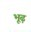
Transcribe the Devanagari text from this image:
भूढ़